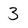
Character: 3